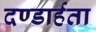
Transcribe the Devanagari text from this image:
दण्डार्हता